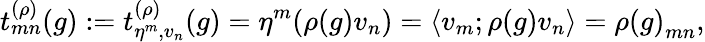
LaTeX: t_{mn}^{(\rho)}(g):=t_{\eta^{m},v_{n}}^{(\rho)}(g)=\eta^{m}(\rho(g)v_{n})=\left<v_{m};\rho(g)v_{n}\right>={\rho(g)}_{mn},